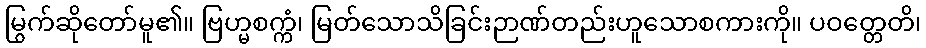
မြွက်ဆိုတော်မူ၏။ ဗြဟ္မစက္ကံ၊ မြတ်သောသိခြင်းဉာဏ်တည်းဟူသောစကားကို။ ပဝတ္တေတိ၊